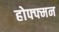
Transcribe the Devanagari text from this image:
होफ्फ्मन